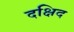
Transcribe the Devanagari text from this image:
दक्षिद